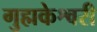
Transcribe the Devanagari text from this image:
गुह्मकेश्वरी